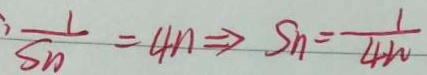
\cdot \frac { 1 } { S _ { n } } = 4 n \Rightarrow S _ { n } = \frac { 1 } { 4 w }